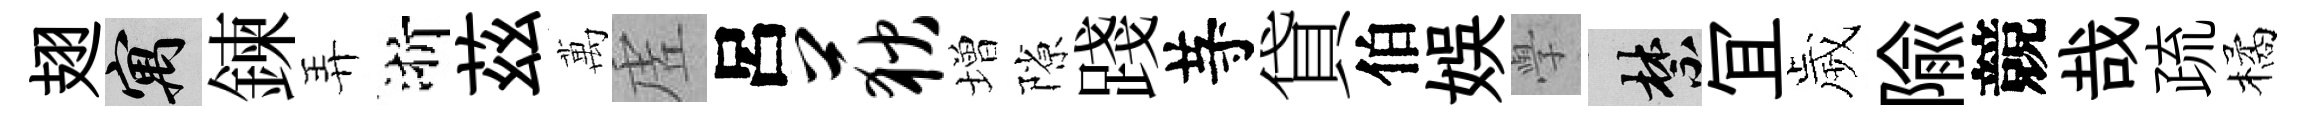
翅寓鍊弄浙茲萬虗呂荻増隙踐䒭貸伯娱𭓕禁冝歲隃競哉疏橘